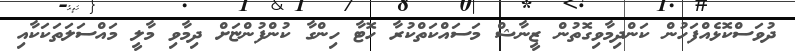
ދުވަސްކޮޅެއްފަހުން ކަންދިމާވިގޮތުން ޒީނާޝް މަސައްކަތްކުރާ ހޮޓާ ހިންގާ ކުންފުންޏަށް ދިމާވި މާލީ މައްސަލަތަކަކާއި